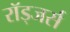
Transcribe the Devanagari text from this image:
रॉड्जर्स